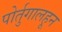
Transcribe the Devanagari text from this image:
पोर्तुगालहून